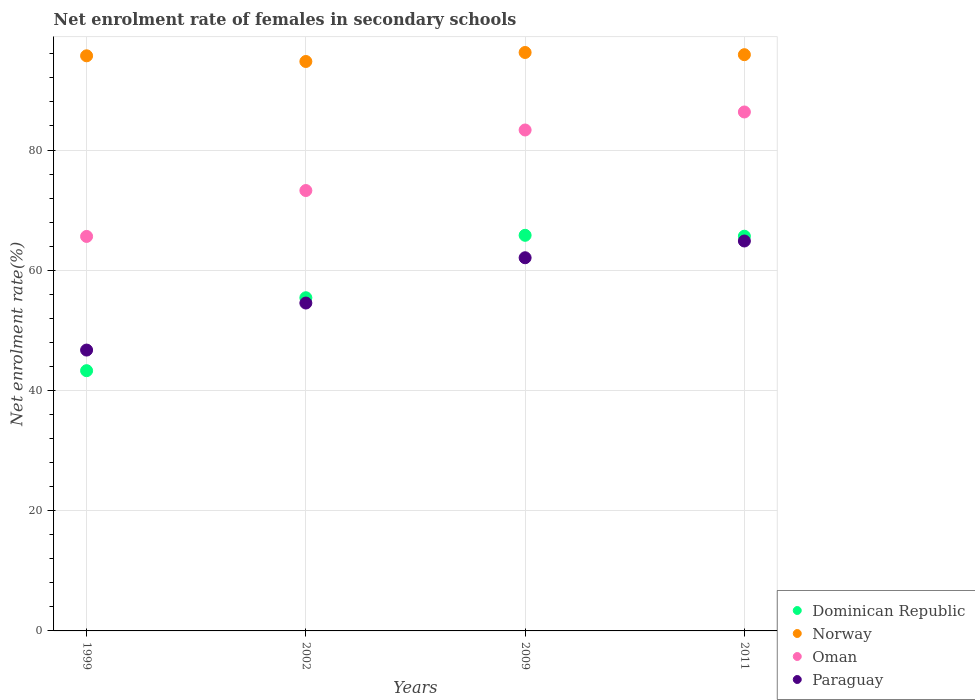
| Years | Dominican Republic | Norway | Oman | Paraguay |
 | --- | --- | --- | --- | --- |
 | 1999 | 43.3 | 95.7 | 65.6 | 46.7 |
 | 2002 | 55.4 | 94.7 | 73.3 | 54.5 |
 | 2009 | 65.8 | 96.2 | 83.3 | 62.1 |
 | 2011 | 65.7 | 95.9 | 86.3 | 64.9 |